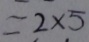
= 2 \times 5